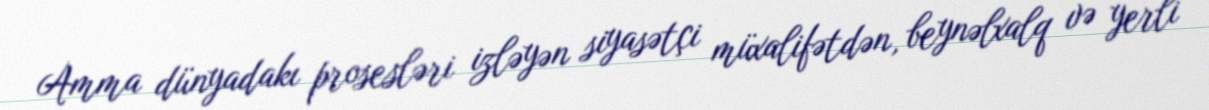
Amma dünyadakı prosesləri izləyən siyasətçi müxalifətdən, beynəlxalq və yerli